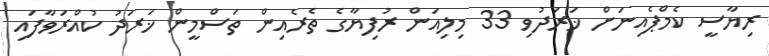
ރިޔާސީ ކެމްޕެއިނަށް ޚަރަދުވި 33 މިލިއަން ރުފިޔާގެ ތެރެއިން ތަސްމީން ޚަރަދު ކުއްރަވާފައި